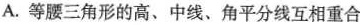
A.等腰三角形的高、中线、角平分线互相重合